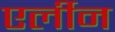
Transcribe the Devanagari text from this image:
एर्लीन